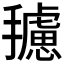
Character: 𱡆